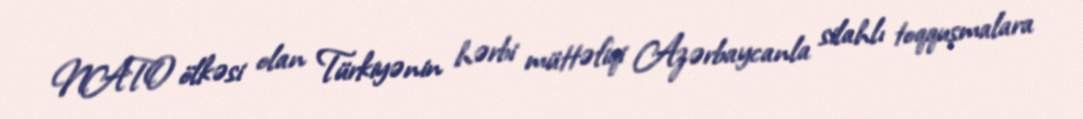
NATO ölkəsi olan Türkiyənin hərbi müttəfiqi Azərbaycanla silahlı toqquşmalara